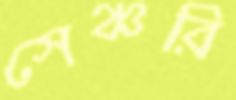
সেঞ্চরি